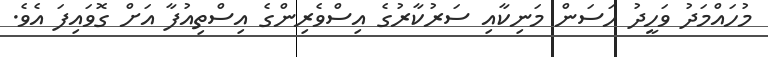
މުހައްމަދު ވަހީދު ހަސަން މަނިކާއި ސަރުކާރުގެ އިސްވެރިންގެ އިސްތިއުފާ އަށް ގޮވައިފަ އެވެ.